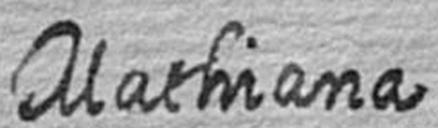
Mathiana